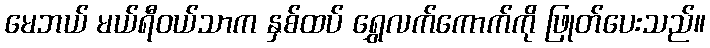
မေဘယ် မယ်ရီဝယ်သာက နှစ်ထပ် ရွှေလက်ကောက်ကို ဖြုတ်ပေးသည်။